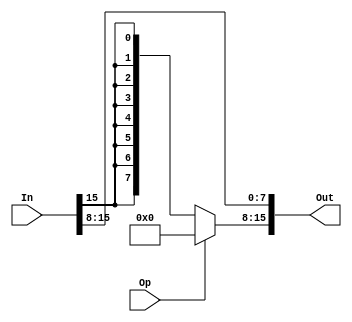
/*
    shift right 8 bit
*/
module right_8 (In, Op, Out);
    parameter   N = 16;
    
    input [N-1:0]  In;
    input Op;
    output [N-1:0] Out;
    
    assign Out[15:8] = Op ? 8'b0 : {8{In[15]}};
    assign Out[7:0] = In[15:8];
endmodule